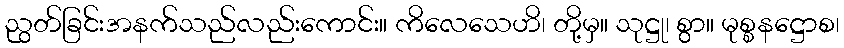
ညွတ်ခြင်းအနက်သည်လည်းကောင်း။ ကိလေသေဟိ၊ တို့မှ။ သုဋ္ဌု၊ စွာ။ မုစ္စနဋ္ဌောစ၊